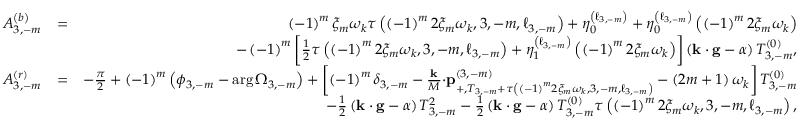
\begin{array} { r l r } { A _ { 3 , - m } ^ { \left( b \right) } } & { = } & { \left( - 1 \right) ^ { m } \xi _ { m } \omega _ { k } \tau \left( \left( - 1 \right) ^ { m } 2 \xi _ { m } \omega _ { k } , 3 , - m , \ell _ { 3 , - m } \right) + \eta _ { 0 } ^ { \left( \ell _ { 3 , - m } \right) } + \eta _ { 0 } ^ { \left( \ell _ { 3 , - m } \right) } \left( \left( - 1 \right) ^ { m } 2 \xi _ { m } \omega _ { k } \right) } \\ & { } & { - \left( - 1 \right) ^ { m } \left[ \frac { 1 } { 2 } \tau \left( \left( - 1 \right) ^ { m } 2 \xi _ { m } \omega _ { k } , 3 , - m , \ell _ { 3 , - m } \right) + \eta _ { 1 } ^ { \left( \ell _ { 3 , - m } \right) } \left( \left( - 1 \right) ^ { m } 2 \xi _ { m } \omega _ { k } \right) \right] \left( \mathbf { k \cdot g } - \alpha \right) T _ { 3 , - m } ^ { \left( 0 \right) } , } \\ { A _ { 3 , - m } ^ { \left( r \right) } } & { = } & { - \frac { \pi } { 2 } + \left( - 1 \right) ^ { m } \left( \phi _ { 3 , - m } - \arg \Omega _ { 3 , - m } \right) + \left[ \left( - 1 \right) ^ { m } \delta _ { 3 , - m } - \frac { \mathbf { k } } { M } \mathbf { \cdot p } _ { + , T _ { 3 , - m } + \tau \left( \left( - 1 \right) ^ { m } 2 \xi _ { m } \omega _ { k } , 3 , - m , \ell _ { 3 , - m } \right) } ^ { \left( 3 , - m \right) } - \left( 2 m + 1 \right) \omega _ { k } \right] T _ { 3 , - m } ^ { \left( 0 \right) } } \\ & { } & { - \frac { 1 } { 2 } \left( \mathbf { k \cdot g } - \alpha \right) T _ { 3 , - m } ^ { 2 } - \frac { 1 } { 2 } \left( \mathbf { k \cdot g } - \alpha \right) T _ { 3 , - m } ^ { \left( 0 \right) } \tau \left( \left( - 1 \right) ^ { m } 2 \xi _ { m } \omega _ { k } , 3 , - m , \ell _ { 3 , - m } \right) , } \end{array}